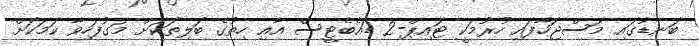
ބަނޑުގައި މަސްޖަހާފައި ހުރުމަކީ ޓައިޕް-2 ޑައެބެޓީސް އާއި ހިތުގެ ބަލިތަކަށް މަގުފަހިވާ ކަމަކަށް